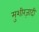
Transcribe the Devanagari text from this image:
मुशीरज़ादी